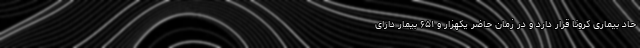
حاد بیماری کرونا قرار دارد و در زمان حاضر یکهزار و ۶۵۱ بیمار دارای